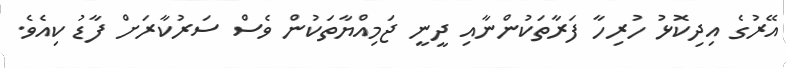
އޭރުގެ އިދިކޮޅު ހުރިހާ ފަރާތަކުންނާއި ދީނީ ޖަމިއްޔާތަކުން ވެސް ސަރުކާރަށް ފާޑު ކިއެވެ.